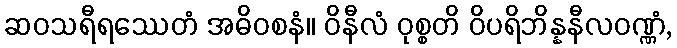
ဆဝသရီရဿေတံ အဓိဝစနံ။ ဝိနီလံ ဝုစ္စတိ ဝိပရိဘိန္နနီလဝဏ္ဏံ,